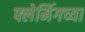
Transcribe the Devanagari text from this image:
फ्लेमिंगच्या